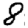
Digit: 8